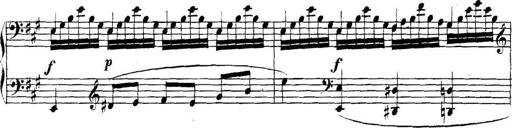
Title: Collected Piano Sonatas
Composer: Muzio Clementi